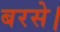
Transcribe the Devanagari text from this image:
बरसे।